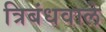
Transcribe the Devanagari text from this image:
त्रिबंधवाले